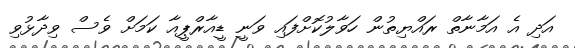
އަދި އެ އަމާނާތް ރައްޔިތުން ހަވާލުކޮށްފައި ވަނީ ޑީއާރްޕީއާ ކަމަށް ވެސް ވިދާޅުވި